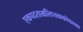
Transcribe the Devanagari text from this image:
एकपदताम्रलिप्तककोषलका